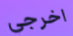
اخرجي